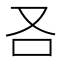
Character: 𠮢